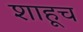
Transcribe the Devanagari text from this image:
शाहूच